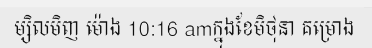
ម្សិលមិញ ម៉ោង 10:16 amក្នុងខែមិថុនា គម្រោង